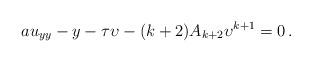
LaTeX: \begin{align*} a u_{{{y}}{{y}}} - {{y}} - {\tau} {\upsilon} -(k+2) A_{k+2}{{\upsilon}}^{k+1}=0\, . \end{align*}